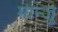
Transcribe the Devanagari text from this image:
मान्जु